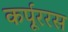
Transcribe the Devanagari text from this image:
कर्पूररस